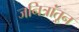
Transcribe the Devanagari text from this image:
जनित्रांतून